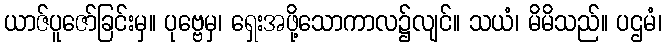
ယာဇ်ပူဇော်ခြင်းမှ။ ပုဗ္ဗေမှ၊ ရှေးအဖို့သောကာလ၌လျင်။ သယံ၊ မိမိသည်။ ပဌမံ၊